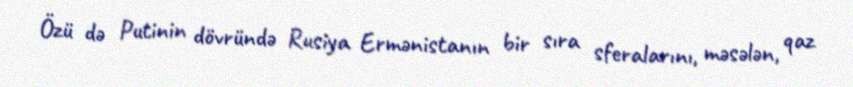
Özü də Putinin dövründə Rusiya Ermənistanın bir sıra sferalarını, məsələn, qaz